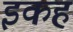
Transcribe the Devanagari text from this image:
इकह